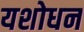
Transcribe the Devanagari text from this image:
यशोधन